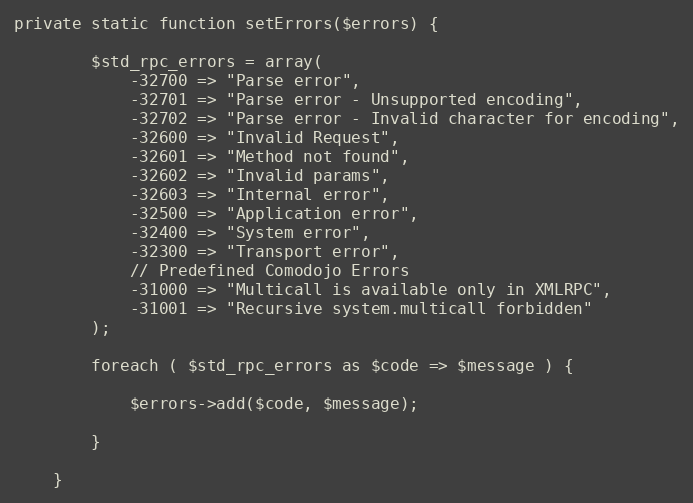
Language: PHP
private static function setErrors($errors) {

        $std_rpc_errors = array(
            -32700 => "Parse error",
            -32701 => "Parse error - Unsupported encoding",
            -32702 => "Parse error - Invalid character for encoding",
            -32600 => "Invalid Request",
            -32601 => "Method not found",
            -32602 => "Invalid params",
            -32603 => "Internal error",
            -32500 => "Application error",
            -32400 => "System error",
            -32300 => "Transport error",
            // Predefined Comodojo Errors
            -31000 => "Multicall is available only in XMLRPC",
            -31001 => "Recursive system.multicall forbidden"
        );

        foreach ( $std_rpc_errors as $code => $message ) {

            $errors->add($code, $message);

        }

    }